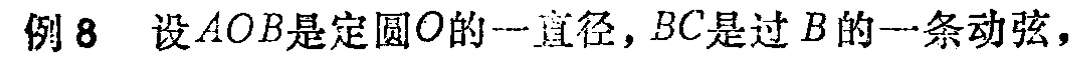
例8 设$AOB$是定圆$O$的一直径，$BC$是过$B$的一条动弦，